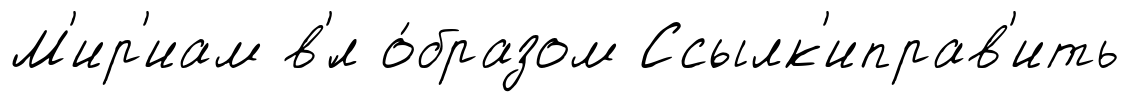
М'ир'иам в'́л о́бразом Ссылк'иправ'ить